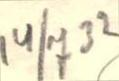
14/732